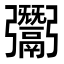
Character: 𩱠